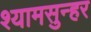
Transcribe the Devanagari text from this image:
श्यामसुन्हर